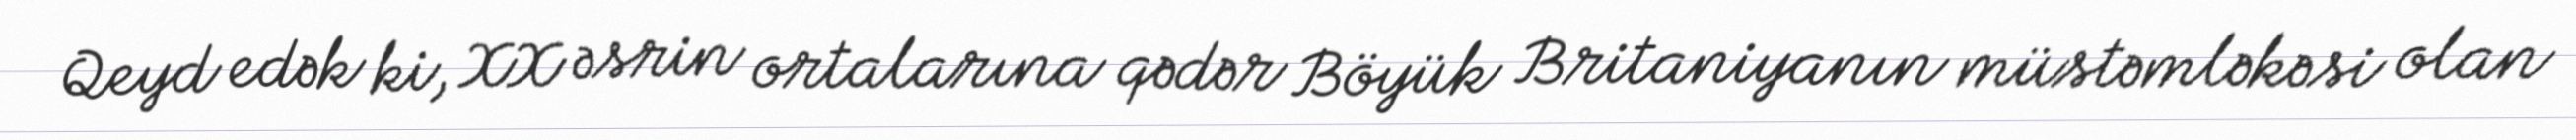
Qeyd edək ki, XX əsrin ortalarına qədər Böyük Britaniyanın müstəmləkəsi olan